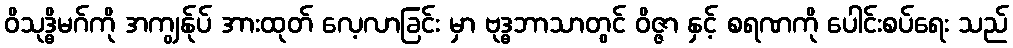
ဝိသုဒ္ဓိမဂ်ကို အကျွန်ုပ် အားထုတ် လေ့လာခြင်း မှာ ဗုဒ္ဓဘာသာတွင် ဝိဇ္ဇာ နှင့် စရဏကို ပေါင်းစပ်ရေး သည်